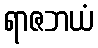
ရာဇဘယံ